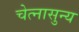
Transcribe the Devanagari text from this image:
चेत्नासुन्य